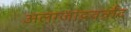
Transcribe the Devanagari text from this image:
अलग्जांद्रवर्त्रांद